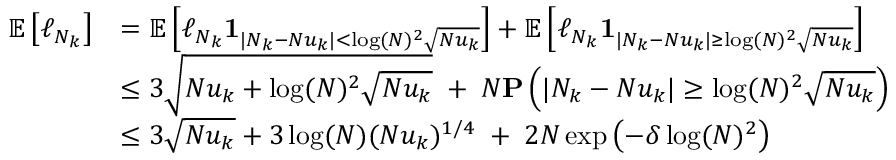
\begin{array} { r l } { \mathbb { E } \left[ \ell _ { N _ { k } } \right] } & { = \mathbb { E } \left[ \ell _ { N _ { k } } \mathbf { 1 } _ { \vert N _ { k } - N u _ { k } \vert < \log ( N ) ^ { 2 } \sqrt { N u _ { k } } } \right] + \mathbb { E } \left[ \ell _ { N _ { k } } \mathbf { 1 } _ { \vert N _ { k } - N u _ { k } \vert \geq \log ( N ) ^ { 2 } \sqrt { N u _ { k } } } \right] } \\ & { \leq 3 \sqrt { N u _ { k } + \log ( N ) ^ { 2 } \sqrt { N u _ { k } } } \; + \; N \mathbf { P } \left( \vert N _ { k } - N u _ { k } \vert \geq \log ( N ) ^ { 2 } \sqrt { N u _ { k } } \right) } \\ & { \leq 3 \sqrt { N u _ { k } } + 3 \log ( N ) ( N u _ { k } ) ^ { 1 / 4 } \; + \; 2 N \exp \left( - \delta \log ( N ) ^ { 2 } \right) } \end{array}